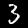
Digit: 3